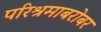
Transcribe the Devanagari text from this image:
परिश्रमाबरोबर